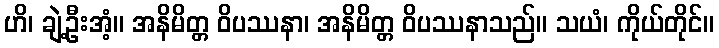
ဟိ၊ ချဲ့ဦးအံ့။ အနိမိတ္တ ဝိပဿနာ၊ အနိမိတ္တ ဝိပဿနာသည်။ သယံ၊ ကိုယ်တိုင်။